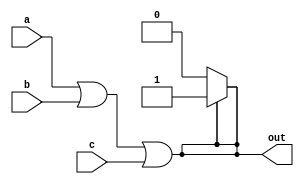
module top_module(
    input a,
    input b,
    input c,
    output out  ); 
    assign out = (a|b|c)? 1: 0;
    
    assign out = (a | b | c);
endmodule